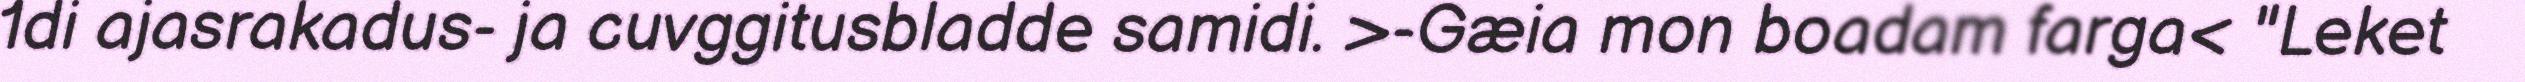
1di ajasrakadus- ja cuvggitusbladde samidi. >-Gæia mon boadam farga< "Leket